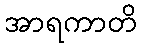
အာရကာတိ